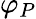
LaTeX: \varphi_{P}